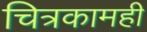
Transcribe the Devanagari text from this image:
चित्रकामही